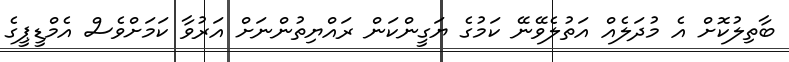
ބާތިލުކޮށް އެ މުދަލެއް އަތުލެވޭނޭ ކަމުގެ ޔަގީންކަން ރައްޔިތުންނަށް އަރުވާ ކަމަށްވެސް އެމްޑީޕީގެ